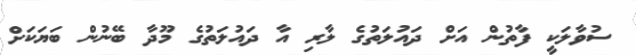
ސުވާލަކީ ފާތުން އަށް ދައުލަތުގެ ލާރި އާ ދައުލަތުގެ މޫދާ ބޭނުން ބަޔަކަށް